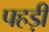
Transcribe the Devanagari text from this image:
पहड़ी